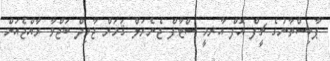
ޕާކިސްތާނުގެ ޗީފް އޮފް އާރމީ ސްޓާފް ޖެނެރަލް ޤަމަރް ޖާވިދް ބަޖްވާ ރާއްޖެއަށް